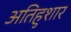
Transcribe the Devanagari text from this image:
अतिहुशार